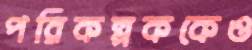
পরিকল্পককেও